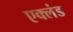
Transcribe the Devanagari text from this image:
एक्लंड